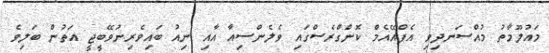
މައުލޫމާތު މުއްސަނދިވި އެފްއޭއެމް ކޮންގްރެސްގައި ވެލެންސިއާ އާއި ނިއު ބައިވެރިނުވޭބީޖީ އަތުން ބަލިވެ